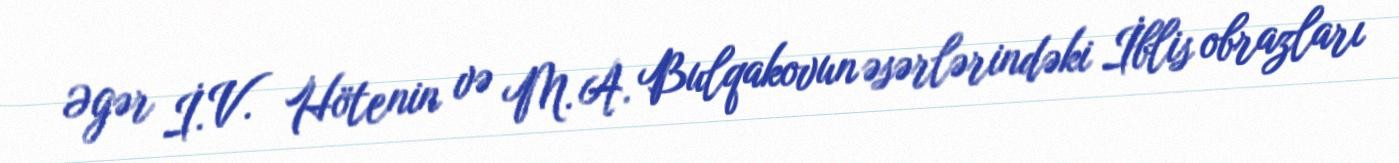
Əgər İ. V. Hötenin və M. A. Bulqakovun əsərlərindəki İblis obrazları